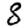
Digit: 8